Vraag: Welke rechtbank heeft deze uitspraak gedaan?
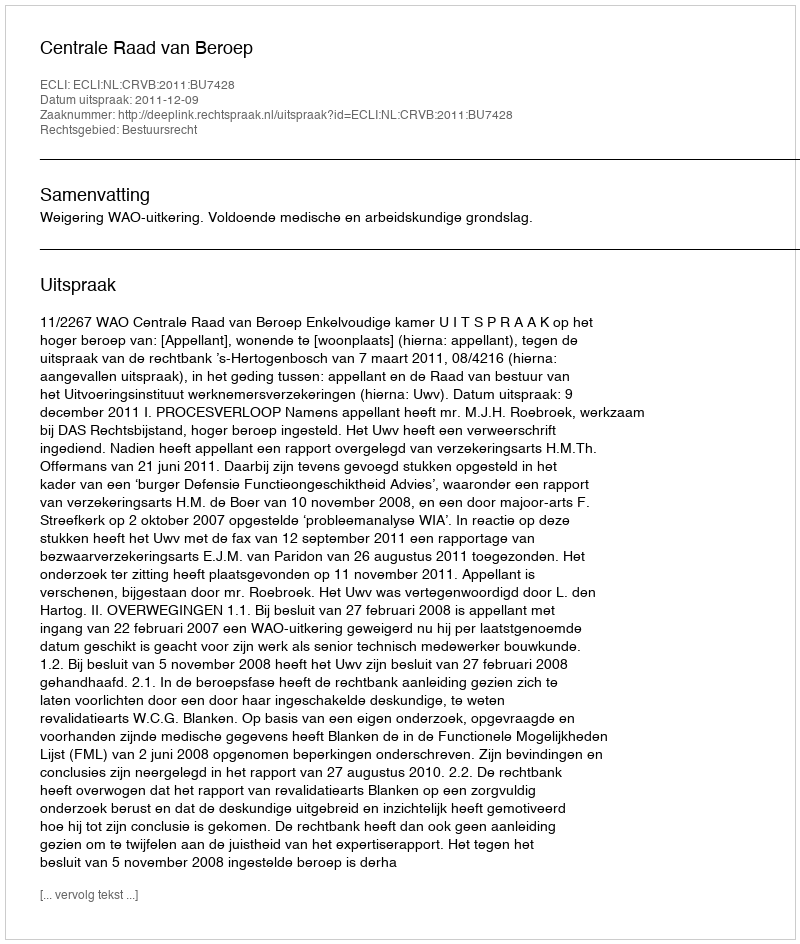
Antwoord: Centrale Raad van Beroep